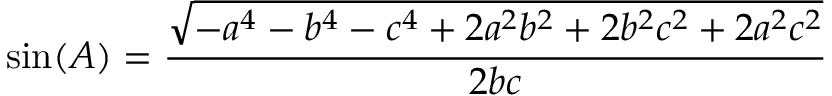
\sin ( A ) = { \frac { \sqrt { - a ^ { 4 } - b ^ { 4 } - c ^ { 4 } + 2 a ^ { 2 } b ^ { 2 } + 2 b ^ { 2 } c ^ { 2 } + 2 a ^ { 2 } c ^ { 2 } } } { 2 b c } }